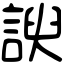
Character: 諛